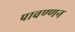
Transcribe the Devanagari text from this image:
पावण्णन